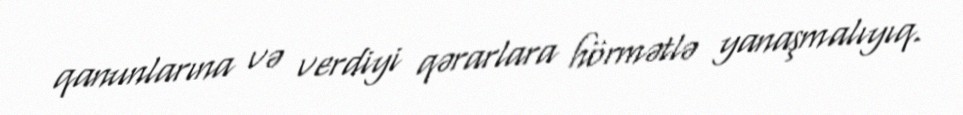
qanunlarına və verdiyi qərarlara hörmətlə yanaşmalıyıq.